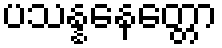
ပသန္နနေတ္တော